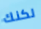
لكنك